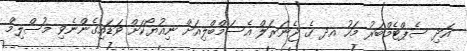
އަދި ސެޕްޓެމްބަރު މަހު އދ ގެ ޖެނަރަލް އެސަމްބްލިއަށް ނިއުޔޯކަށް ވަޑައިގެންނެވި މުސްލިމް